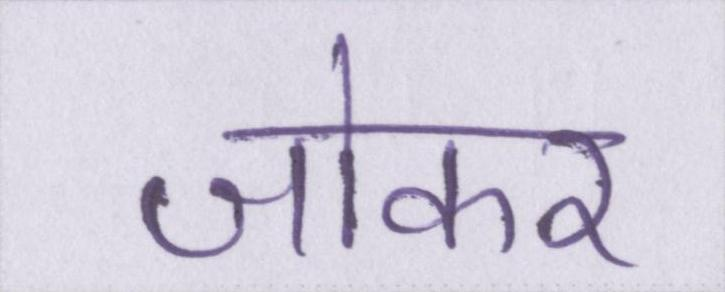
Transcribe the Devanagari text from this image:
जोकर